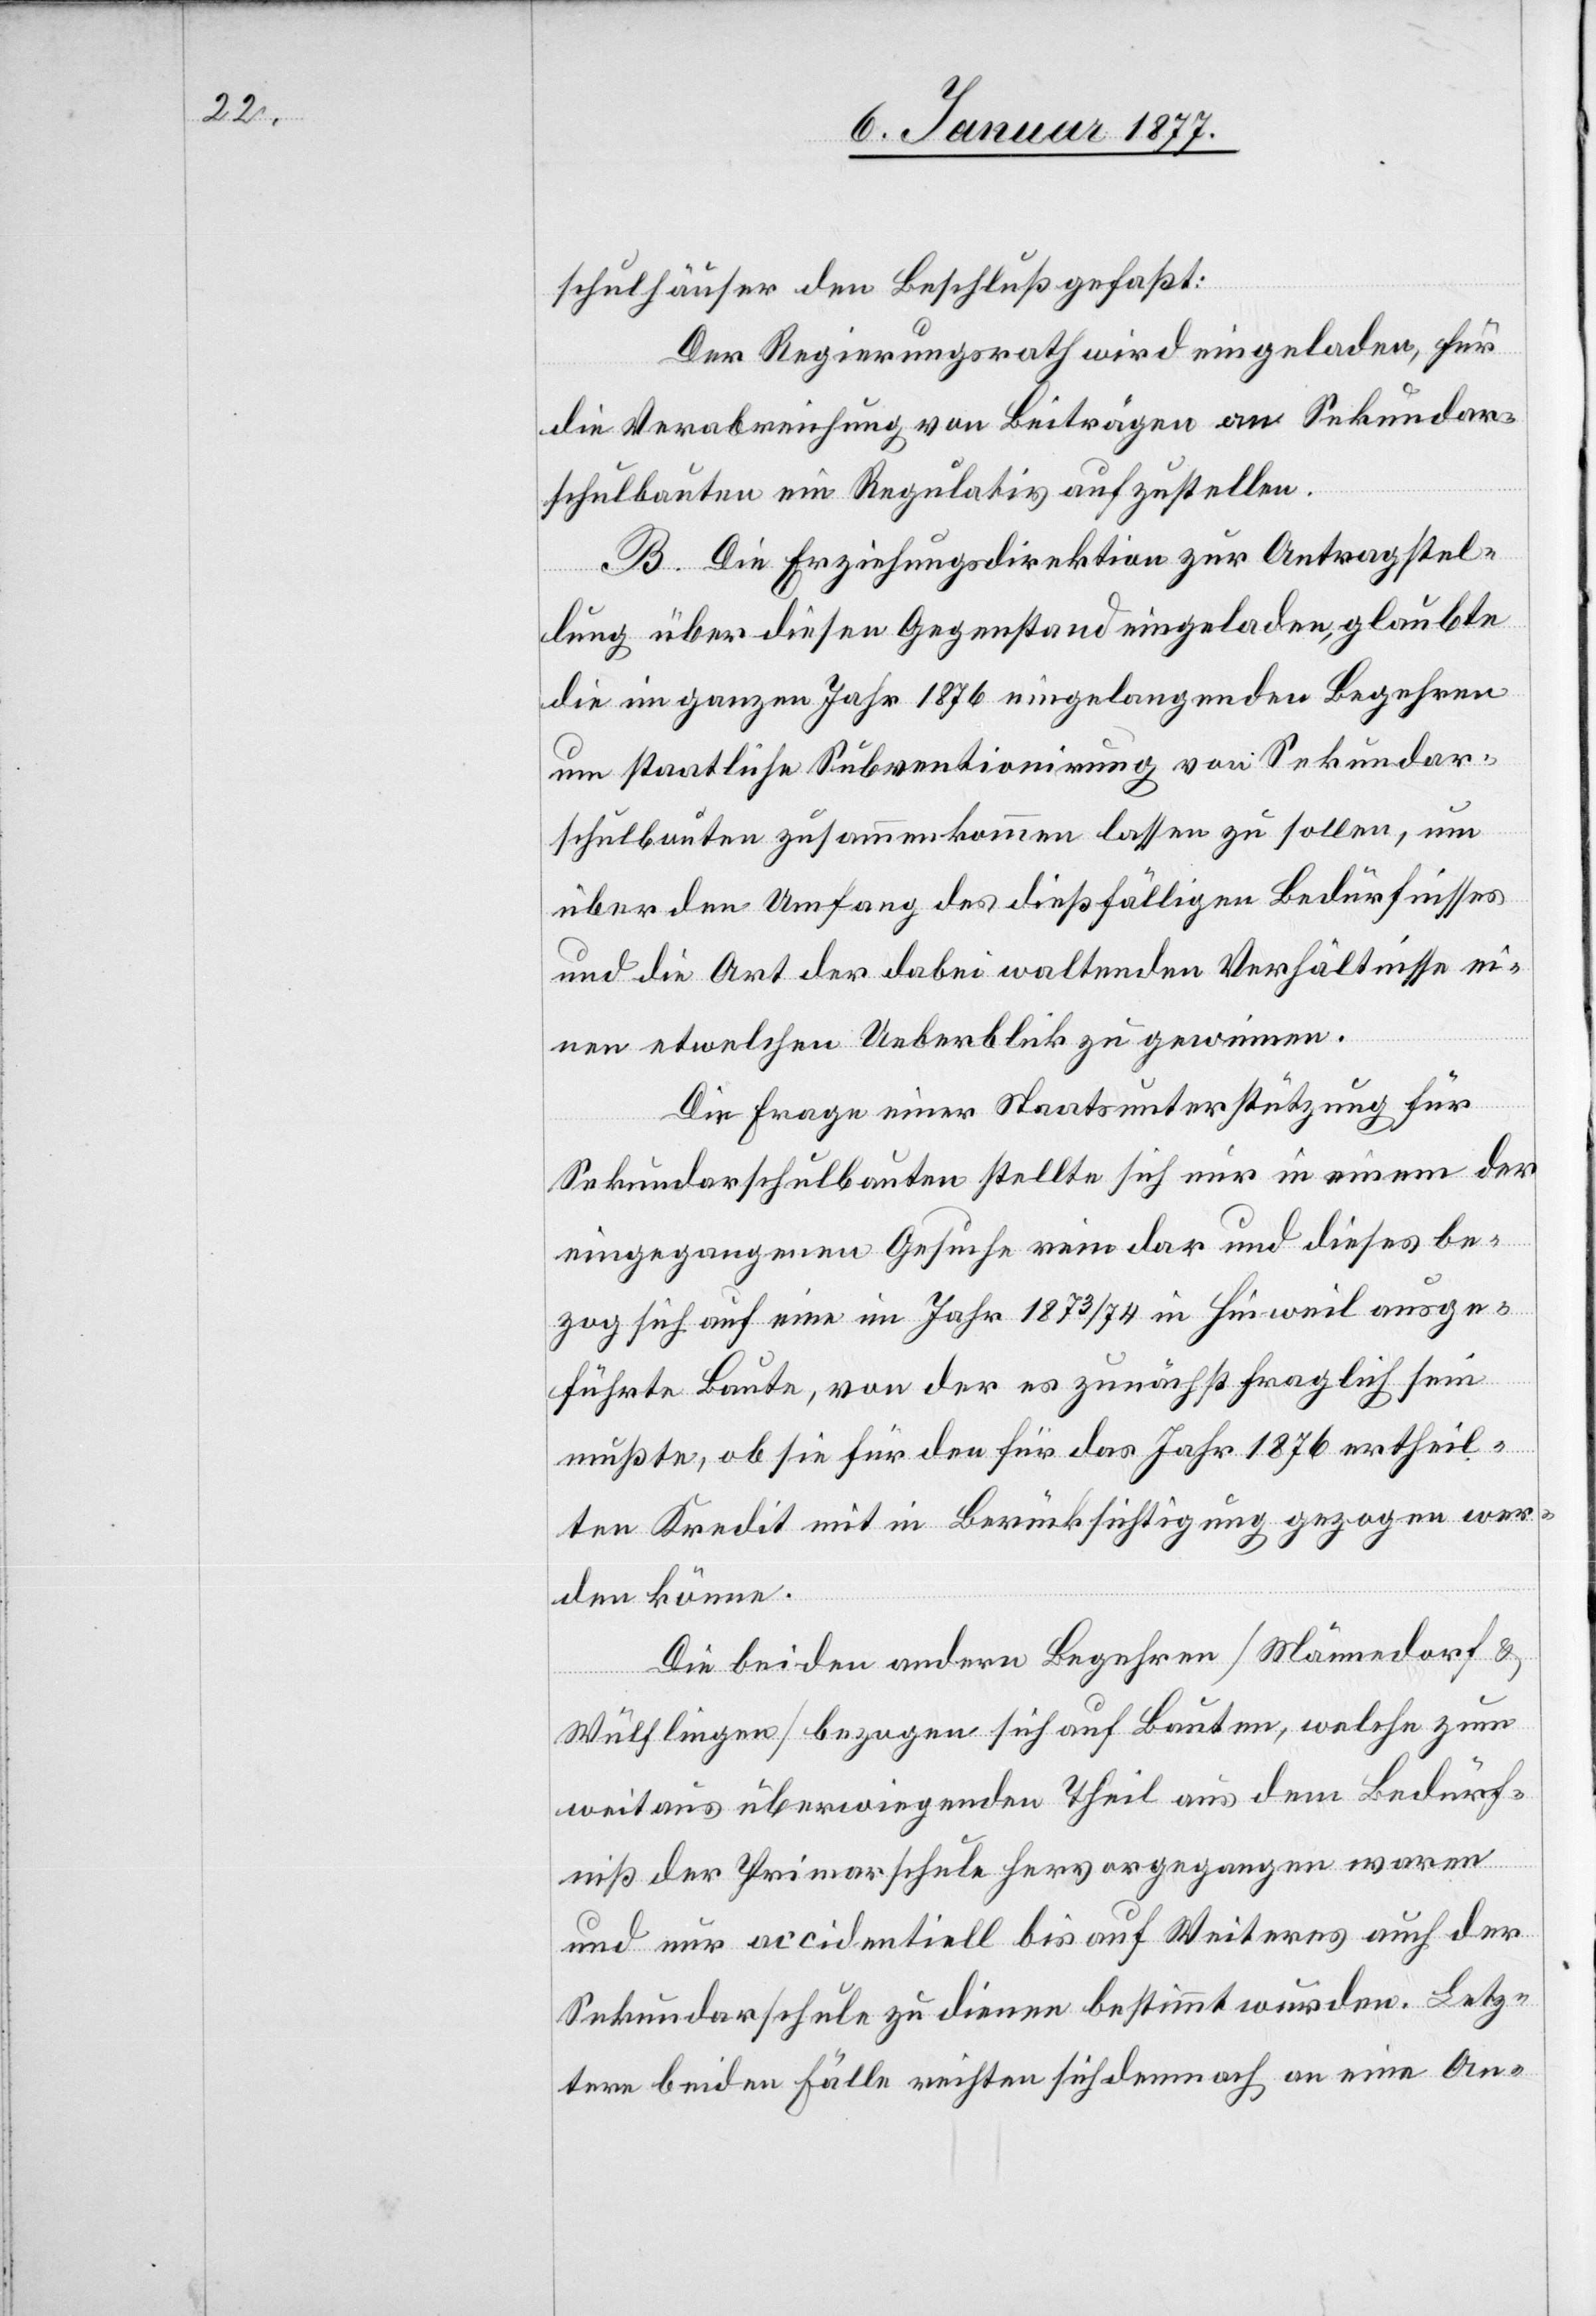
Der Regierungsrath wird eingeladen, für
die Verabreichung von Beiträgen an Sekundar¬
schulbauten ein Regulativ aufzustellen.
B. Die Erziehungsdirektion zur Antragstel¬
lung über diesen Gegenstand eingeladen, glaubte
die im ganzen Jahr 1876 eingelangenden Begehren
um staatliche Subventionirung von Sekundar¬
schulbauten zusammenkommen lassen zu sollen, um
über den Umfang des dießfälligen Bedürfnisses
und die Art der dabei waltenden Verhältnisse ei¬
nen etwelchen Ueberblick zu gewinnen.
Die Frage einer Staatsunterstützung für
Sekundarschulbauten stellte sich nur in einem der
eingegangenen Gesuche rein dar und dieses be¬
zog sich auf eine im Jahr 1873/74 in Hinweil ausge¬
führte Baute, von der es zunächst fraglich sein
mußte, ob sie für den für das Jahr 1876 ertheil¬
ten Kredit mit in Berücksichtigung gezogen wer¬
den könne.
Die beiden andern Begehren [Männedorf &
Wülflingen] bezogen sich auf Bauten, welche zum
weitaus überwiegenden Theil aus dem Bedürf¬
nisse der Primarschule hervorgegangen waren
und nur accidentiell bis auf Weiteres auch der
Sekundarschule zu dienen bestimmt wurden. Letz¬
tere beiden Fälle reihten sich demnach an eine An-